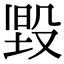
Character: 𭮳